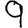
Digit: 9